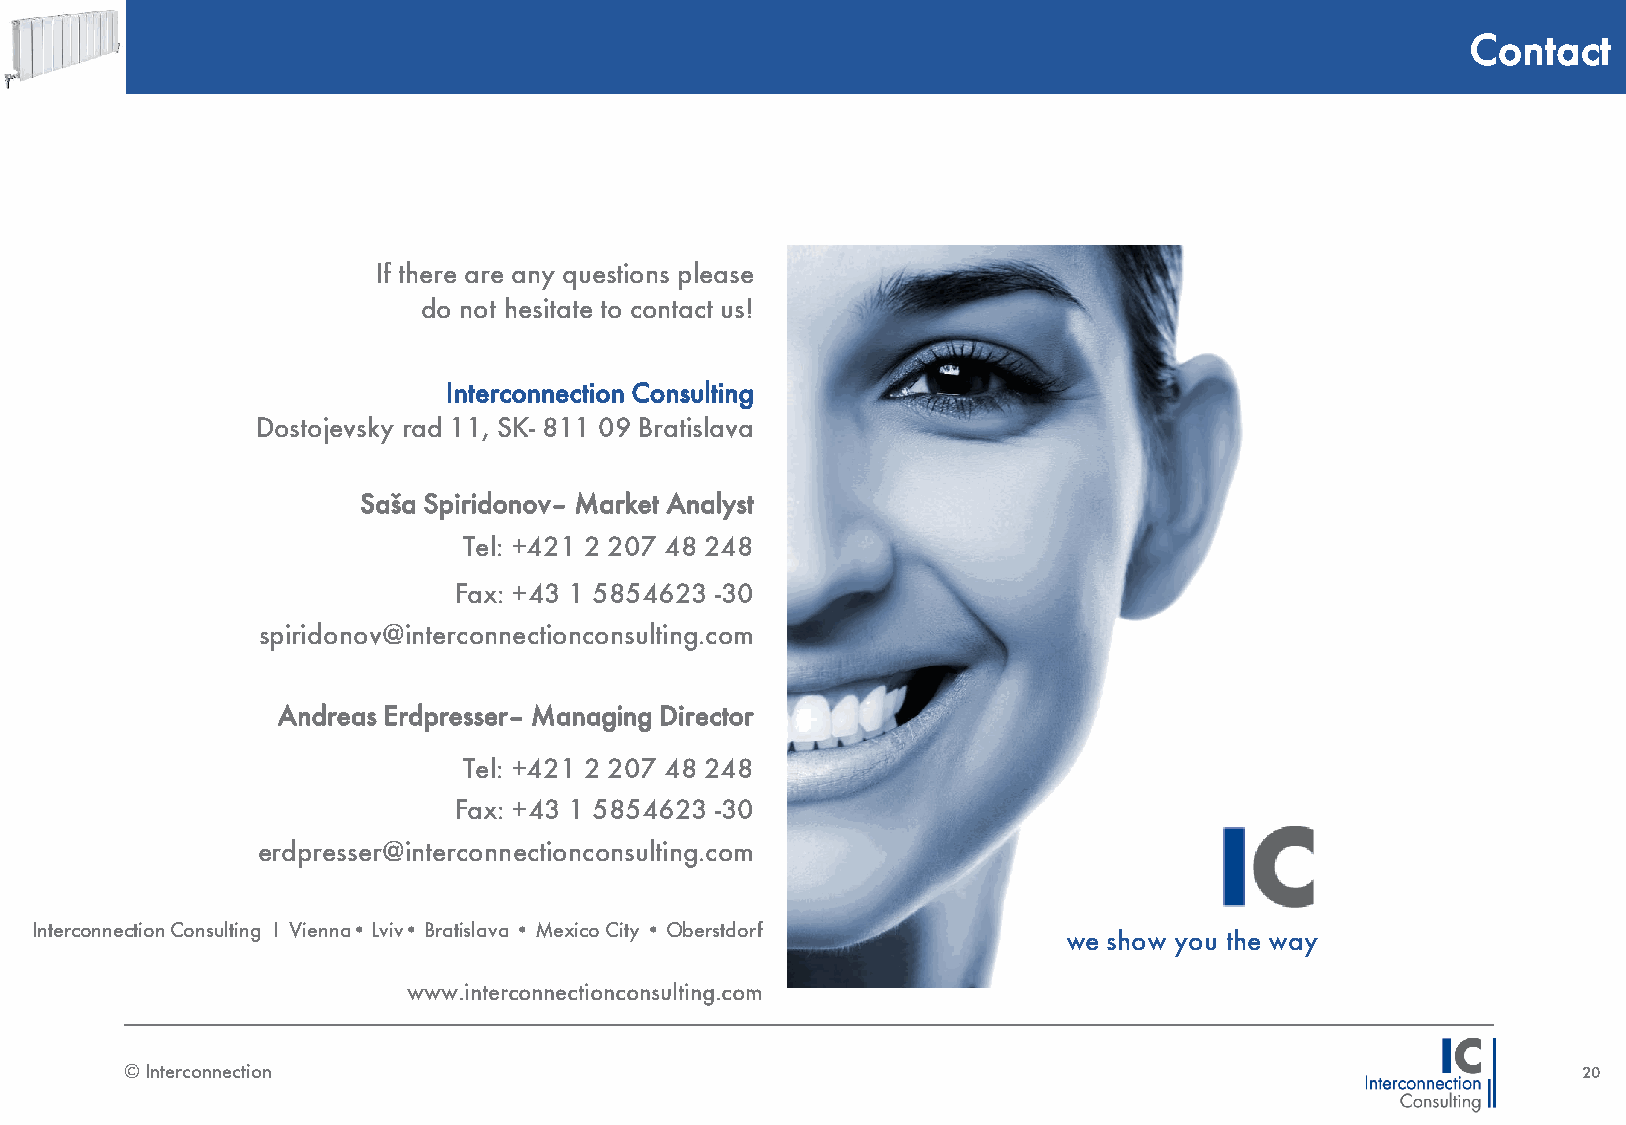
Contact
 If there are any questions please
 do not hesitate to contact us!
 Interconnection Consulting
 Dostojevsky rad 11, SK- 811 09 Bratislava
 Saša Spiridonov– Market Analyst
 Tel: +421 2 207 48 248
 Fax: +43 1 5854623 -30
 spiridonov@interconnectionconsulting.com
 Andreas Erdpresser– Managing Director
 Tel: +421 2 207 48 248
 Fax: +43 1 5854623 -30
 erdpresser@interconnectionconsulting.com
 Interconnection Consulting I Vienna• Lviv• Bratislava • Mexico City • Oberstdorf
 we show you the way
 www.interconnectionconsulting.com
 © Interconnection                                                                                20